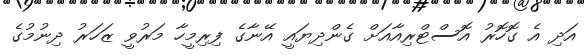
އަދި އެ ގޮހޮރު އޮސްޓްރިއާއަށް ގެންދިޔައީ އޭނާގެ ފިރިމީހާ މަރުވީ ޒަހަރު ދިނުމުގެ